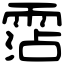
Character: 霑